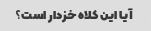
آیا این کلاه خزدار است؟